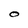
Character: O